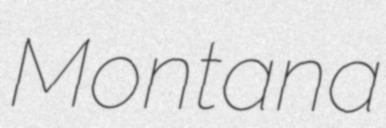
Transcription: Montana